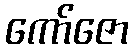
ကော်ဇော